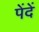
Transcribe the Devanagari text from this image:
पेंदें